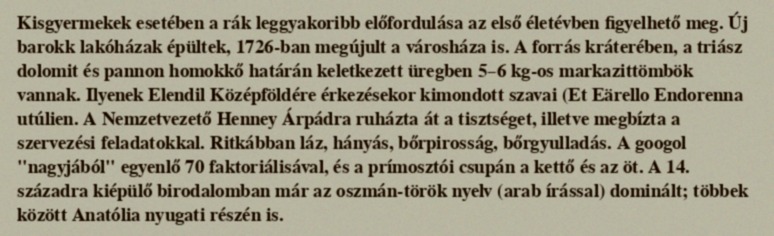
Kisgyermekek esetében a rák leggyakoribb előfordulása az első életévben figyelhető meg. Új barokk lakóházak épültek, 1726-ban megújult a városháza is. A forrás kráterében, a triász dolomit és pannon homokkő határán keletkezett üregben 5–6 kg-os markazittömbök vannak. Ilyenek Elendil Középföldére érkezésekor kimondott szavai (Et Eärello Endorenna utúlien. A Nemzetvezető Henney Árpádra ruházta át a tisztséget, illetve megbízta a szervezési feladatokkal. Ritkábban láz, hányás, bőrpirosság, bőrgyulladás. A googol "nagyjából" egyenlő 70 faktoriálisával, és a prímosztói csupán a kettő és az öt. A 14. századra kiépülő birodalomban már az oszmán-török nyelv (arab írással) dominált; többek között Anatólia nyugati részén is.